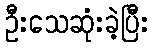
ဦးသေဆုံးခဲ့ပြီး